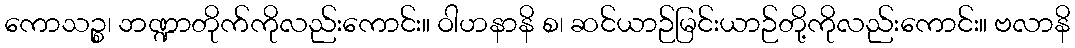
ကောသဉ္စ၊ ဘဏ္ဍာတိုက်ကိုလည်းကောင်း။ ဝါဟနာနိ စ၊ ဆင်ယာဉ်မြင်းယာဉ်တို့ကိုလည်းကောင်း။ ဗလာနိ